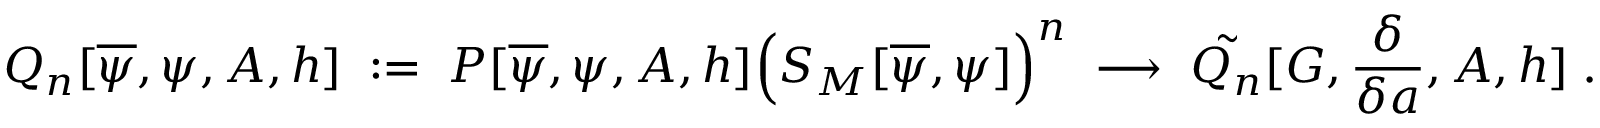
Q _ { n } [ \overline { { { \psi } } } , \psi , A , h ] \; : = \; P [ \overline { { { \psi } } } , \psi , A , h ] \Big ( S _ { M } [ \overline { { { \psi } } } , \psi ] \Big ) ^ { n } \; \longrightarrow \; \tilde { Q _ { n } } [ G , \frac { \delta } { \delta a } , A , h ] \; .